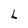
Character: L